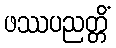
ဖဿပညတ္တိံ